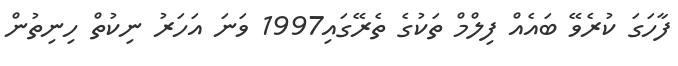
ފާހަގަ ކުރެވޭ ބައެއް ފިލްމް ތަކުގެ ތެރޭގައި1997 ވަނަ އަހަރު ނިކުތް ހިނިތުން